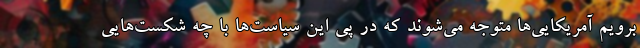
برویم آمریکایی‌ها متوجه می‌شوند که در پی این سیاست‌ها با چه شکست‌هایی